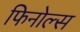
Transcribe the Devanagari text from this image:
फिनोल्स